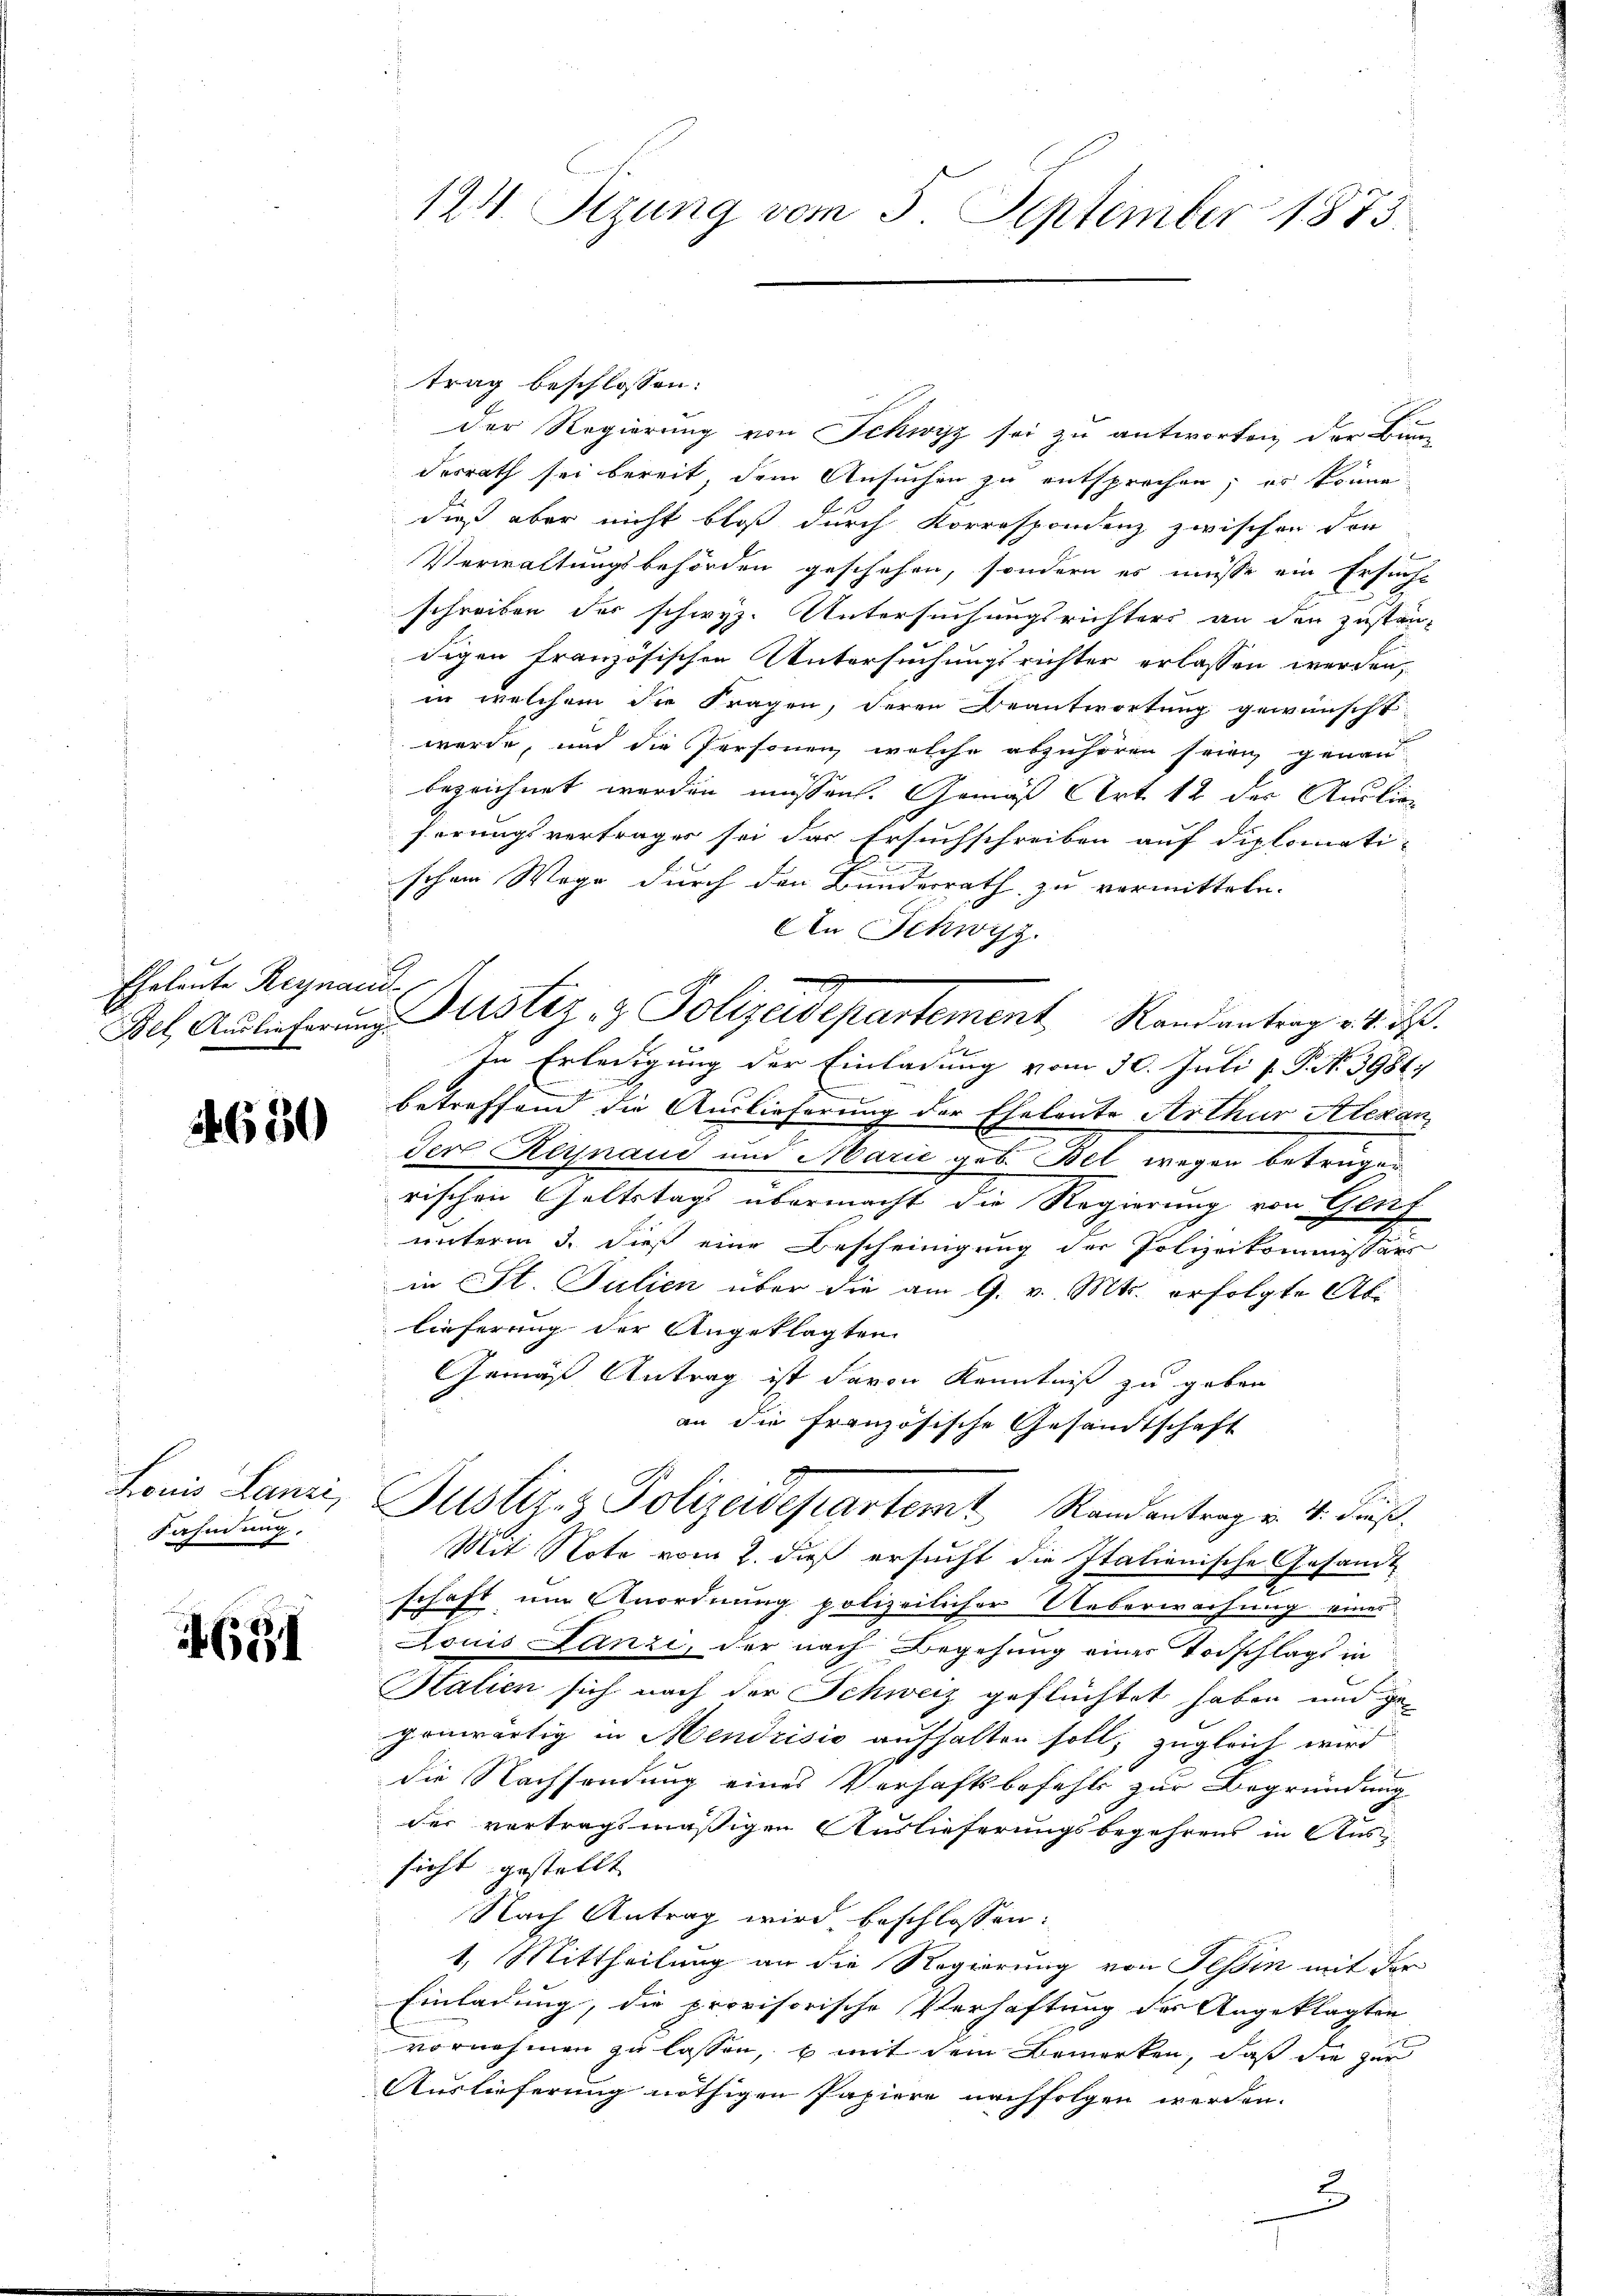
Eheleute Reinaus-

650

Louis Lanzi,
Fahndung.

1631

124. Sizung vom 5. September 1873

trag beschlossen:
Der Regierung von Schwyz sei zu antworten der Bun-
derrath sei bereit, dem Ansuchen zu entsprochen; es könne
dieß aber nicht bloß durch Korrespondenz zwischen der
Verwaltungsbehörden geschehen, sondern es müsse ein Ersuche
schreiben der schwyz. Untersuchungsrichters an den zustän-
digen französischen Untersuchungsrichter erlassen werden,
in welchem die Fragen, deren Beantwortung gewünscht
werde, und die Personen, welche abzuhören sein genau
bezeichnet werden müssen. Gemäß Art. 12 der Auslieferungsvertrages sei das Ersuchschreiben auf diplomati-
schon Wege durch den Bundesrath zu vermitteln.
An Schwyz.
i
Bel, Auslicherung Justiz & Polizeidepartement Randantrag d. d. d.
In Erledigung der Einladung vom 30. Juli v. P. N. 3984.
betreffend die Auslieferung der Eheleute Arthur Alexan
n
Der Hegnaue und Marie geb. Bel wegen betrügen
rischen Geltstags übermacht die Regierung von Glif
unterm 3. dieß eine Bescheinigung der Polizeikommissärs
in St. Julien über die am 9. v. Mts. erfolgte Ablieferung der Angeklagten
Gemäß Antrag ist davon Kenntniß zu geben
an die französische Gesandtschaft

Mit Note vom 2. daß ersucht die Italienische Gesandt
schaft um Anordnung polizeilicher Ueberwachung eines
Louis Lanzi, der nach Begehung einer Vorschlags in
Stalien sich nach der Schweiz geflüchtet haben und gegenwärtig in Mendrisis aufhalten soll, zugleich wird
die Nachsendung eines Verhaftsbefehls zur Begründung
der vertragsmäßigen Auslieferungsbegehrens in Aussicht gestellt
Nach Antrag wird beschlossen:
1. Mittheilung an die Regierung von Tessin mit der
Einladung, die provisorische Verhaftung der Angeklagten
vornehmen zu lassen, u mit dem Bemerken, daß die zur
Auslieferung nöthigen Papiere nachfolgen werden.
2

Justiz- & Polizeidepartemt Randantrag v. 4. Fürst.

.